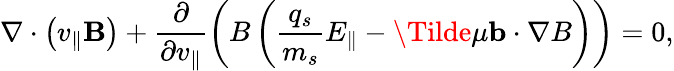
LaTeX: \nabla\cdot\left(v_{\parallel}\mathbf{B}\right)+\frac{\partial}{\partial v_{\parallel}}\left(B\left(\frac{q_{s}}{m_{s}}E_{\parallel}-\Tilde{\mu}\mathbf{b}\cdot\nabla B\right)\right)=0,